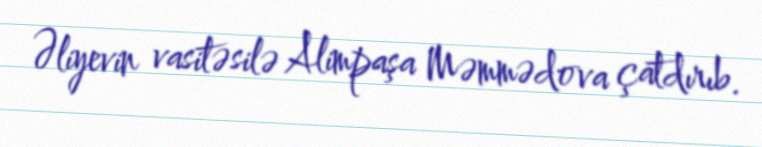
Əliyevin vasitəsilə Alimpaşa Məmmədova çatdırıb.